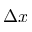
\Delta x